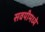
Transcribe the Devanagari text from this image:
सवयीमध्ये